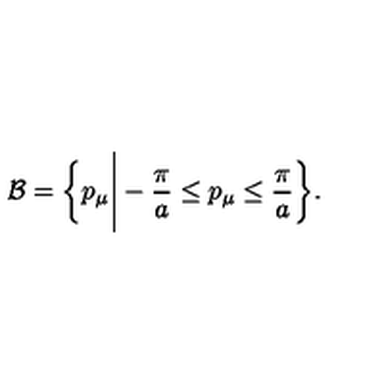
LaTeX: { \cal B } = \biggl \{ p _ { \mu } \Bigg | - { \displaystyle \frac { \pi } { a } } \le p _ { \mu } \le { \displaystyle \frac { \pi } { a } } \biggr \} .